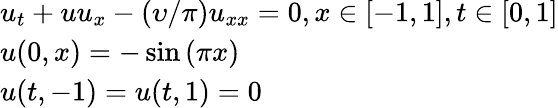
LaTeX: \begin{array}{l}{{u_{t}}+u{u_{x}}-\left({\upsilon/\pi}\right){u_{xx}}=0,\mathrm{{}}x\in\left[{-1,1}\right],t\in\left[{0,1}\right]}\\ {u(0,x)=-\sin\left({\pi x}\right)}\\ {u(t,-1)=u(t,1)=0}\end{array}